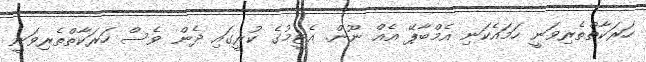
ހަރަކާތްތެރިވަނީ ހަމައެކަނި އެމްބާޕޭ އެއް ނޫން. އެޓީމުގެ ކުރީގައި ދެން ވެސް ހަރަކާތްތެރިވަނީ